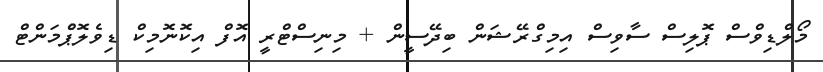
މޯލްޑިވްސް ޕޮލިސް ސާވިސް އިމިގްރޭޝަން ބިދޭސީން + މިނިސްޓްރީ އޮފް އިކޮނޮމިކް ޑިވެލޮޕްެމަންޓް